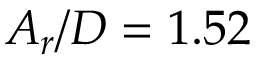
A _ { r } / D = 1 . 5 2